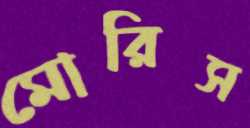
মোরিস